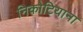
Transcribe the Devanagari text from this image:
निकोटियाना